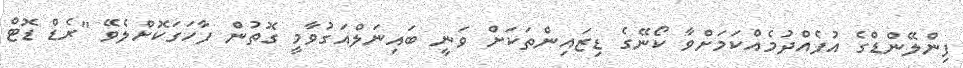
ފިންލޭންޑްގެ އުފެއްދުމެއްކަމަށްވާ ކޯނޭގެ ޑިޒައިންތަކަށް ވަނީ ބައިނަލްއަގުވާމީ ގޮތުން ފާހަގަކޮށްލެވޭ "ރެޑް ޑޮޓް